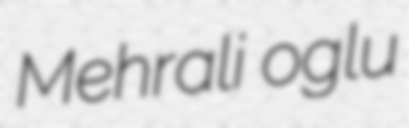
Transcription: Mehrali oglu